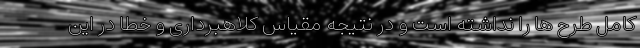
کامل طرح ها را نداشته است و در نتیجه مقیاس کلاهبرداری و خطا در این